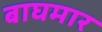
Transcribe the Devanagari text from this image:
बाघमार